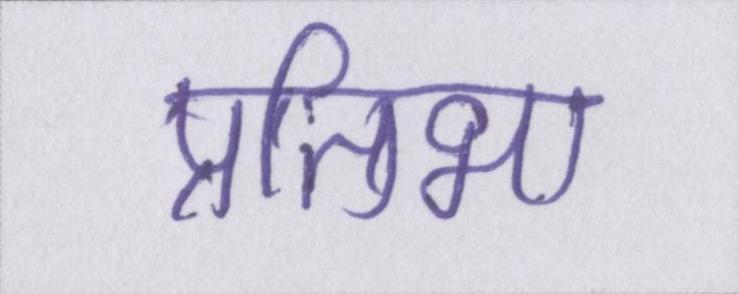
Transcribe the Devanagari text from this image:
प्रतिभा